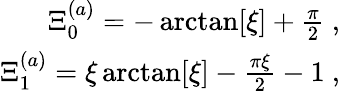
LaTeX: \begin{array}{r}{\Xi_{0}^{(a)}=-\arctan[\xi]+\frac{\pi}{2}\ ,\ }\\ {\Xi_{1}^{(a)}=\xi\arctan[\xi]-\frac{\pi\xi}{2}-1\ ,\ }\end{array}